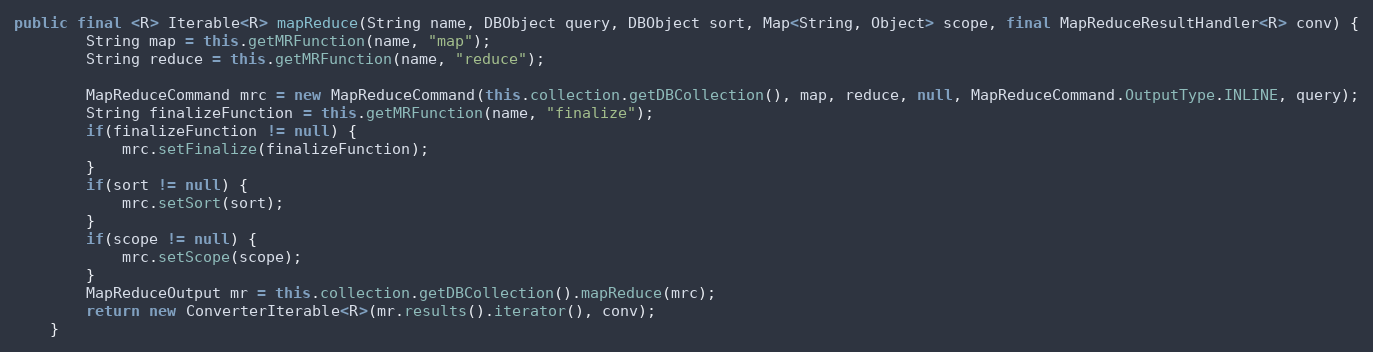
Language: Java
public final <R> Iterable<R> mapReduce(String name, DBObject query, DBObject sort, Map<String, Object> scope, final MapReduceResultHandler<R> conv) {
        String map = this.getMRFunction(name, "map");
        String reduce = this.getMRFunction(name, "reduce");

        MapReduceCommand mrc = new MapReduceCommand(this.collection.getDBCollection(), map, reduce, null, MapReduceCommand.OutputType.INLINE, query);
        String finalizeFunction = this.getMRFunction(name, "finalize");
        if(finalizeFunction != null) {
            mrc.setFinalize(finalizeFunction);
        }
        if(sort != null) {
            mrc.setSort(sort);
        }
        if(scope != null) {
            mrc.setScope(scope);
        }
        MapReduceOutput mr = this.collection.getDBCollection().mapReduce(mrc);
        return new ConverterIterable<R>(mr.results().iterator(), conv);
    }